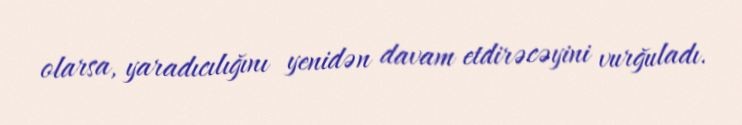
olarsa, yaradıcılığını yenidən davam etdirəcəyini vurğuladı.